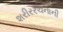
શરીરરચનાની